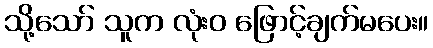
သို့သော် သူက လုံးဝ ဖြောင့်ချက်မပေး။